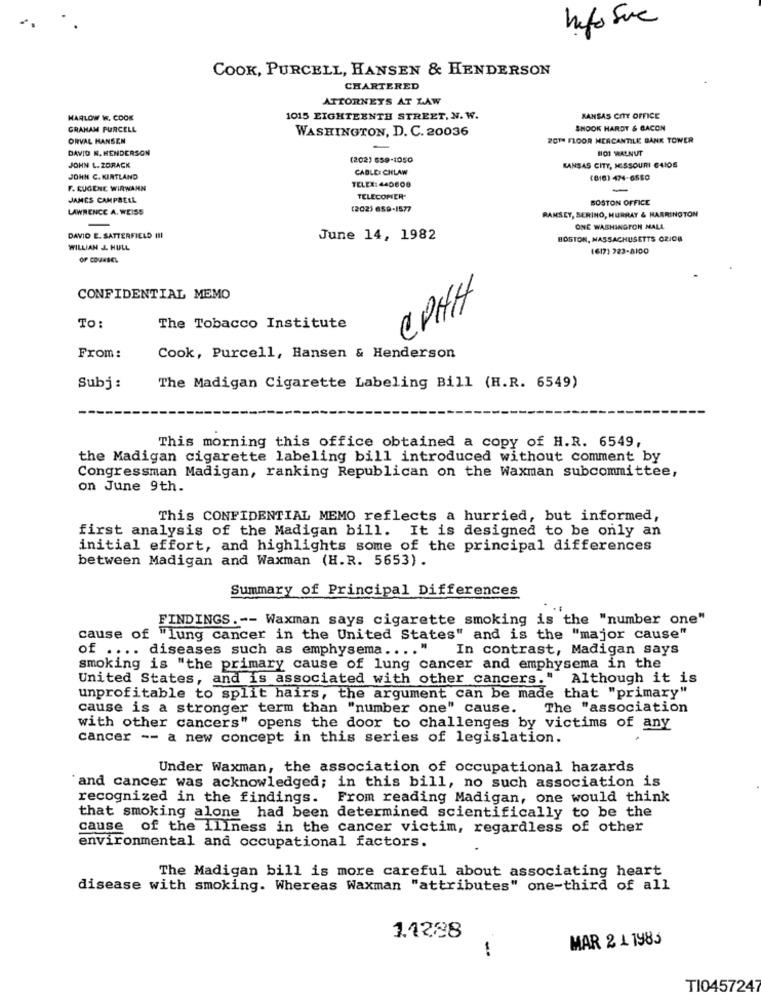
hefo Sue
COOK, PURCELL, HANSEN & HENDERSON
CHARTERED
ATTORNEYS AT LAW
HARLOW W. COOK
1015 EIGHTEENTH STREET, N. W.
KANSAS CITY OFFICE
GRAHAM PURCELL
WASHINGTON, D. C. 20036
SHOOK HARDY & BACON
ORVAL HANSEN
20TH FLOOR MERCANTILE BANK TOWER
DAVID N. HENDERSON
101 WALNUT
(202) 559-1050
JOHN L. ZORACK
CABLE: CHELAW
KANSAS CITY, MISSOURI 64106
JOHN C. KIRTLAND
(616) 474-6550
F. CUGENE WIRWAHN
TELEX: 440800
-
JAMES CAMPBELL
TELECOMER'
BOSTON OFFICE
LAWRENCE A. WEISS
(202) 659-1577
RAMSEY, SERINO, HURRAY & HARRINGTON
ONE WASHINGTON HALL
DAVID E. SATTERFIELD III
June 14, 1982
BOSTON, MASSACHUSETTS CZJCB
WILLIAN L. HULL
(617) 223-8100
CONFIDENTIAL MEMO
CPHH
TO:
The Tobacco Institute
From:
Cook, Purcell, Hansen & Henderson
Subj :
The Madigan Cigarette Labeling Bill (H.R. 6549)
This morning this office obtained a copy of H.R. 6549,
the Madigan cigarette labeling bill introduced without comment by
Congressman Madigan, ranking Republican on the Waxman subcommittee,
on June 9th.
This CONFIDENTIAL MEMO reflects a hurried, but informed,
first analysis of the Madigan bill. It is designed to be only an
initial effort, and highlights some of the principal differences
between Madigan and Waxman (H.R. 5653).
Summary of Principal Differences
FINDINGS .-- Waxman says cigarette smoking is the "number one"
cause of "lung cancer in the United States" and is the "major cause"
of .... diseases such as emphysema .... "
In contrast, Madigan says
smoking is "the primary cause of lung cancer and emphysema in the
United States, and is associated with other cancers." Although it is
unprofitable to split hairs, the argument can be made that "primary"
cause is a stronger term than "number one" cause.
The "association
with other cancers" opens the door to challenges by victims of any
cancer -- a new concept in this series of legislation.
Under Waxman, the association of occupational hazards
`and cancer was acknowledged; in this bill, no such association is
recognized in the findings. From reading Madigan, one would think
that smoking alone had been determined scientifically to be the
cause of the illness in the cancer victim, regardless of other
environmental and occupational factors.
The Madigan bill is more careful about associating heart
disease with smoking. Whereas Waxman "attributes" one-third of all
1.1288
MAR 2 1 1983
1
TI0457247